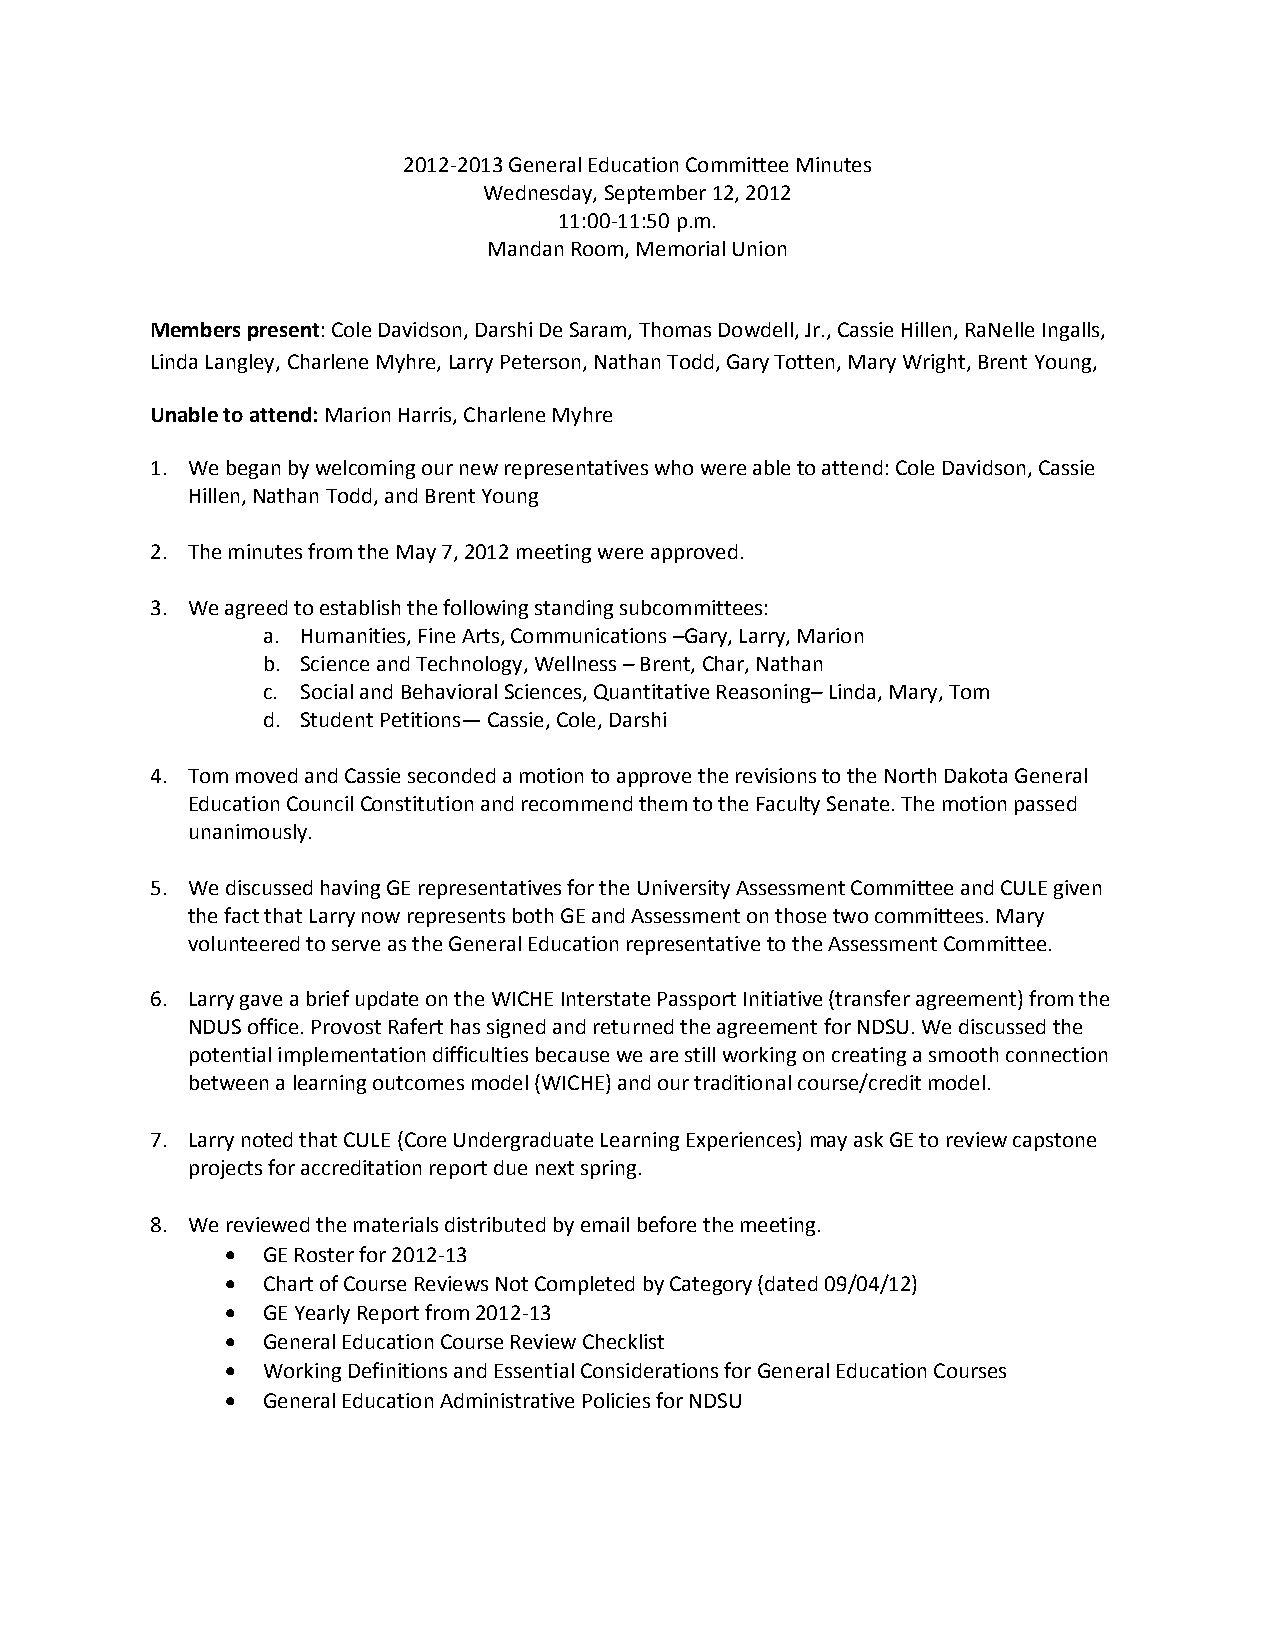
2012-2013 General Education Committee Minutes
 Wednesday, September 12, 2012
 11:00-11:50 p.m.
 Mandan Room, Memorial Union
 Members present: Cole Davidson, Darshi De Saram, Thomas Dowdell, Jr., Cassie Hillen, RaNelle Ingalls,
 Linda Langley, Charlene Myhre, Larry Peterson, Nathan Todd, Gary Totten, Mary Wright, Brent Young,
 Unable to attend: Marion Harris, Charlene Myhre
 1. We began by welcoming our new representatives who were able to attend: Cole Davidson, Cassie
 Hillen, Nathan Todd, and Brent Young
 2. The minutes from the May 7, 2012 meeting were approved.
 3. We agreed to establish the following standing subcommittees:
 a. Humanities, Fine Arts, Communications –Gary, Larry, Marion
 b. Science and Technology, Wellness – Brent, Char, Nathan
 c. Social and Behavioral Sciences, Quantitative Reasoning– Linda, Mary, Tom
 d. Student Petitions— Cassie, Cole, Darshi
 4. Tom moved and Cassie seconded a motion to approve the revisions to the North Dakota General
 Education Council Constitution and recommend them to the Faculty Senate. The motion passed
 unanimously.
 5. We discussed having GE representatives for the University Assessment Committee and CULE given
 the fact that Larry now represents both GE and Assessment on those two committees. Mary
 volunteered to serve as the General Education representative to the Assessment Committee.
 6. Larry gave a brief update on the WICHE Interstate Passport Initiative (transfer agreement) from the
 NDUS office. Provost Rafert has signed and returned the agreement for NDSU. We discussed the
 potential implementation difficulties because we are still working on creating a smooth connection
 between a learning outcomes model (WICHE) and our traditional course/credit model.
 7. Larry noted that CULE (Core Undergraduate Learning Experiences) may ask GE to review capstone
 projects for accreditation report due next spring.
 8. We reviewed the materials distributed by email before the meeting.
 • GE Roster for 2012-13
 • Chart of Course Reviews Not Completed by Category (dated 09/04/12)
 • GE Yearly Report from 2012-13
 • General Education Course Review Checklist
 • Working Definitions and Essential Considerations for General Education Courses
 • General Education Administrative Policies for NDSU